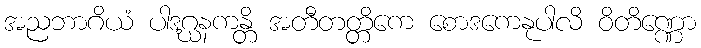
အညဘာဂိယံ ပါဒဂ္ဃနကန္တိ အတီတတ္တိကေ စောဒကေနုပါလိ ဝိတိဏ္ဏော